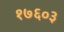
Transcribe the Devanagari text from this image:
१७६०३